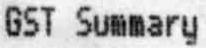
GST SUMMARY